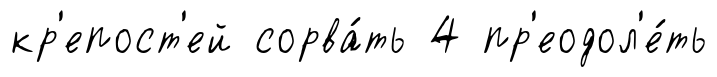
кр'епост'ей сорва́ть 4 пр'еодол'е́ть